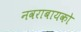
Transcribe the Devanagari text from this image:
नवराबायको